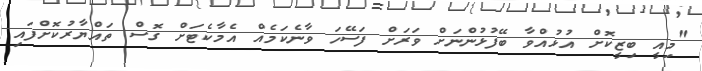
"މިއީ ބިޒީކޮށް އުޅުއްވާ ބޭފުޅުންނަށް ވަރަށް ފަސޭހަ ވާނެކަމެއް އެމާކެޓަށް ގޮސް ތައްޔާރުކޮށްފައި